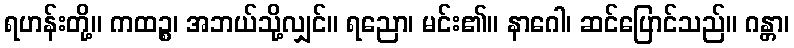
ရဟန်းတို့။ ကထဉ္စ၊ အဘယ်သို့လျှင်။ ရညော၊ မင်း၏။ နာဂေါ၊ ဆင်ပြောင်သည်။ ဂန္တာ၊